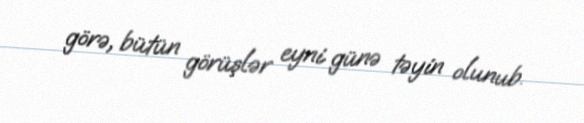
görə, bütün görüşlər eyni günə təyin olunub.